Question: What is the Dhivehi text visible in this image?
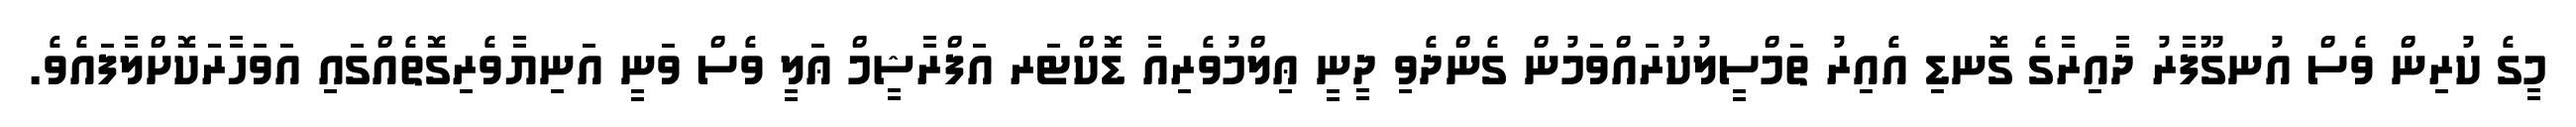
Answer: މީގެ ކުރިން ވެސް އުނގޫފާރު ދާއިރާގެ ގޮނޑި އެއިރު ތަމްސީލުކުރައްވަމުން ގެންދެވި ދީނީ ޢިލްމުވެރިއާ ޑޮކްޓަރ އަފްރާޝީމް ޢަލީ ވެސް ވަނީ އަނިޔާވެރިގޮތެއްގައި އަވަހާރަކޮށްލާފައެވެ.